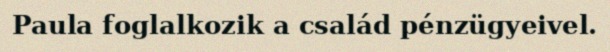
Paula foglalkozik a család pénzügyeivel.